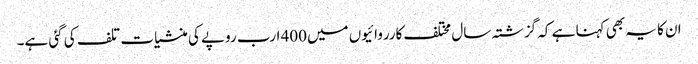
ان کا یہ بھی کہنا ہے کہ گزشتہ سال مختلف کارروائیوں میں400 ارب روپے کی منشیات تلف کی گئی ہے۔